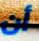
أن